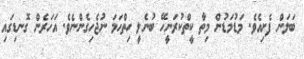
ބަލަން ފެށިއެވެ. މަޑުމަޑުން މިތާ ކީތްކުރަނީހޭ ބުނެލީ ހިތްހަމަ ނުޖެހިގެންނެވެ. އަހަރެން ގޮނޑިގައި